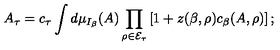
\left. A _ { \tau } = c _ { \tau } \int d \mu _ { I _ { \beta } } ( A ) \prod _ { \rho \in { \cal E } _ { \tau } } \left[ 1 + z ( \beta , \rho ) c _ { \beta } ( A , \rho ) \right] ; \right.